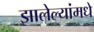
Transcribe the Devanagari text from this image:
झालेल्यांमधे